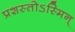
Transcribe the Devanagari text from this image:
प्रशस्तोऽस्मिन्